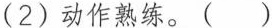
(2)动作熟练。( )